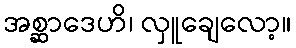
အစ္ဆာဒေဟိ၊ လှူချေလော့။